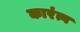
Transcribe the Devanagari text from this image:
कारंत्व